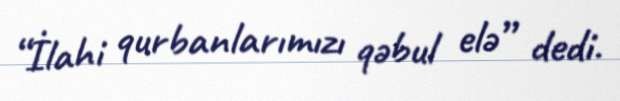
“İlahi qurbanlarımızı qəbul elə” dedi.